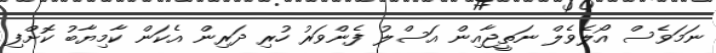
ނަމަވެސް އޯލެވެލް ނަތީޖާއިން އަސްލު ފެންވަރު ހުރި ދަރިން އެކަން ކާމިޔާބު ކޮށްފި